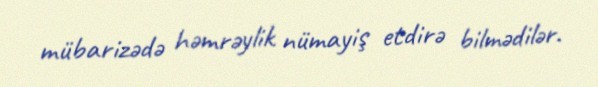
mübarizədə həmrəylik nümayiş etdirə bilmədilər.